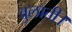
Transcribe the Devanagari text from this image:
बुलाती।